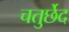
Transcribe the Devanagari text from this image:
चतुर्छेद